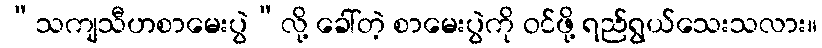
“သကျသီဟစာမေးပွဲ”လို့ ခေါ်တဲ့ စာမေးပွဲကို ဝင်ဖို့ ရည်ရွယ်သေးသလား။